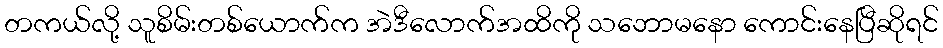
တကယ်လို့ သူစိမ်းတစ်ယောက်က အဲဒီလောက်အထိကို သဘောမနော ကောင်းနေပြီဆိုရင်